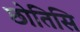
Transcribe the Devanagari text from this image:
छोतिसि